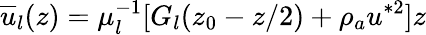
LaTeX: \overline{{u}}_{l}(z)=\mu_{l}^{-1}[G_{l}(z_{0}-z/2)+\rho_{a}u^{*2}]z